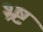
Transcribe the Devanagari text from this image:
भ्र्ष्ट